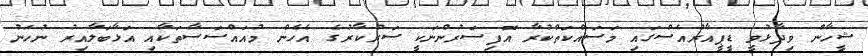
ޝީހާން ވިދާޅުވީ ޑީޕީއާރުއެސްގައި މަސައްކަތްކުރާ އޮފިސަރުންނަކީ ސަރުކާރުގެ އެހެން މުއައްސަސާތަކާއި އަޅާބަލާއިރު ނުހަނު